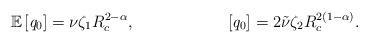
LaTeX: \begin{align*}\mathbb{E}\left[\mathit{q}_{0}\right]&= {\nu}{ \zeta_1 }{} {R_c^{2-\alpha}}, &\left[\mathit{q}_{0}\right]&= 2 \tilde{\nu}{\zeta_2}{} {R_c^{2(1-\alpha)}}.\end{align*}